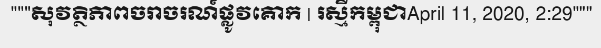
"""សុវត្ថិភាពចរាចរណ៍ផ្លូវគោក | រស្មីកម្ពុជាApril 11, 2020, 2:29"""